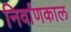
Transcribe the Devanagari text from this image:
निर्वाणकाल